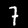
Digit: 7